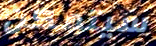
سيتمكن